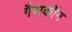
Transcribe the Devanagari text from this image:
गैसकॉन